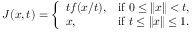
J ( x , t ) = { \left\{ \begin{array} { l l } { t f ( x / t ) , } & { { \mathrm { i f ~ } } 0 \leq \| x \| < t , } \\ { x , } & { { \mathrm { i f ~ } } t \leq \| x \| \leq 1 . } \end{array} \right. }